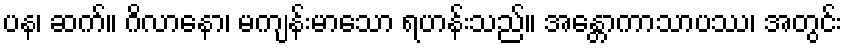
ပန၊ ဆက်။ ဂိလာနော၊ မကျန်းမာသော ရဟန်းသည်။ အန္တောကာသာပဿ၊ အတွင်း